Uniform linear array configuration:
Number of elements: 32
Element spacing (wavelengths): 0.75
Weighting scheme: uniform
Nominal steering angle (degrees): -15
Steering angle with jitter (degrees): -15.029
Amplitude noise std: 0.05
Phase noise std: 0.05

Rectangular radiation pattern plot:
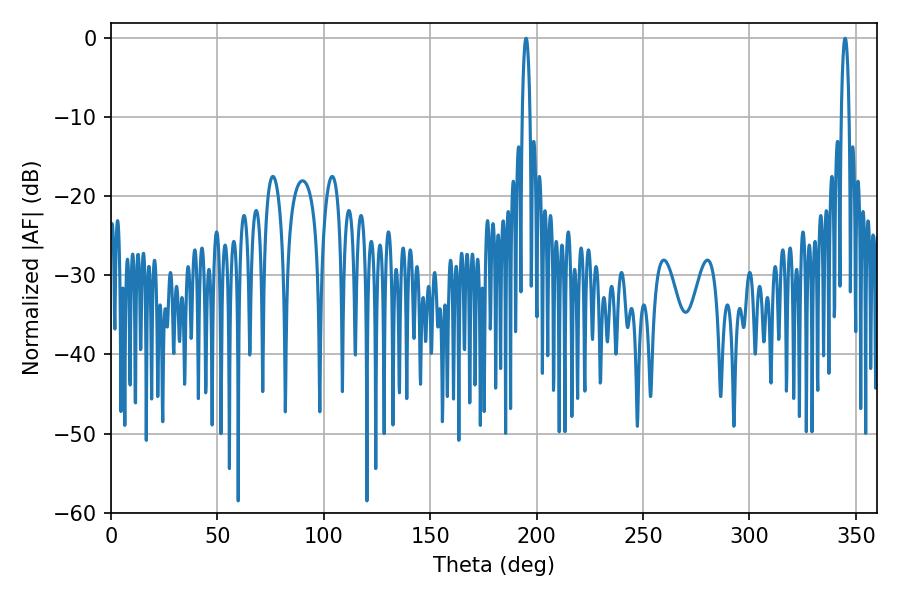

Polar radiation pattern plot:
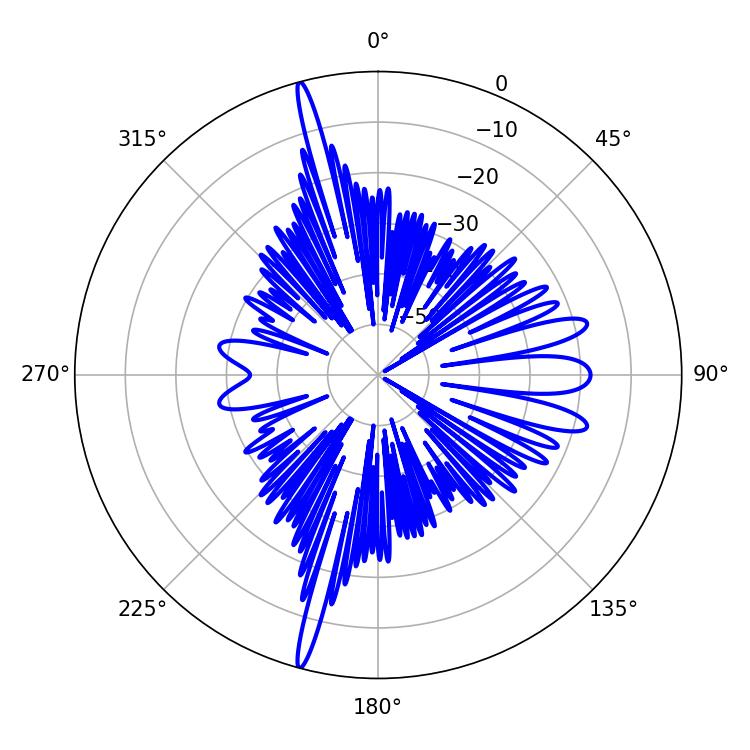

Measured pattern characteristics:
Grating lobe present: TRUE
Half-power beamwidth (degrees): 1.98
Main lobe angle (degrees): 344.88